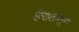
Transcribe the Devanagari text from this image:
हेरातातून